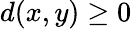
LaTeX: d(x,y)\geq 0